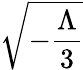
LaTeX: \sqrt{-\frac{\Lambda}{3}}